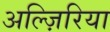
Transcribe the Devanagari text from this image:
अल्ज़िरिया